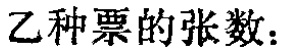
乙种票的张数：